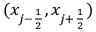
( x _ { j - \frac { 1 } { 2 } } , x _ { j + \frac { 1 } { 2 } } )